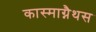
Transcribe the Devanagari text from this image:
कास्माग्नैथस